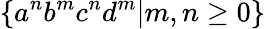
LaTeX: \{ a^{n}b^{m}c^{n}d^{m}|m,n\geq 0\}